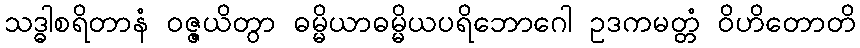
သဒ္ဓါစရိတာနံ ဝဇ္ဇယိတွာ ဓမ္မိယာဓမ္မိယပရိဘောဂေါ ဥဒကမတ္တံ ဝိဟိတောတိ